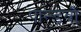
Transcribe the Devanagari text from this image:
पान्डवौ